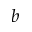
b